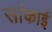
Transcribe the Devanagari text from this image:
सांकाई